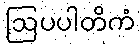
ဩပပါတိကံ